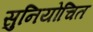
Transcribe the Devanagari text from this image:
सुनियोचित